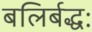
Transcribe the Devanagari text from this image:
बलिर्बद्धः